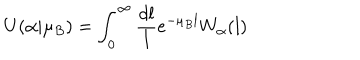
LaTeX: U ( \alpha | \mu _ { B } ) = \int _ { 0 } ^ { \infty } \frac { d l } { l } e ^ { - \mu _ { B } l } W _ { \alpha } ( l )